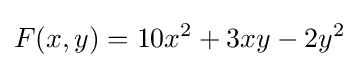
F(x,y)=10x^{2}+3xy-2y^{2}